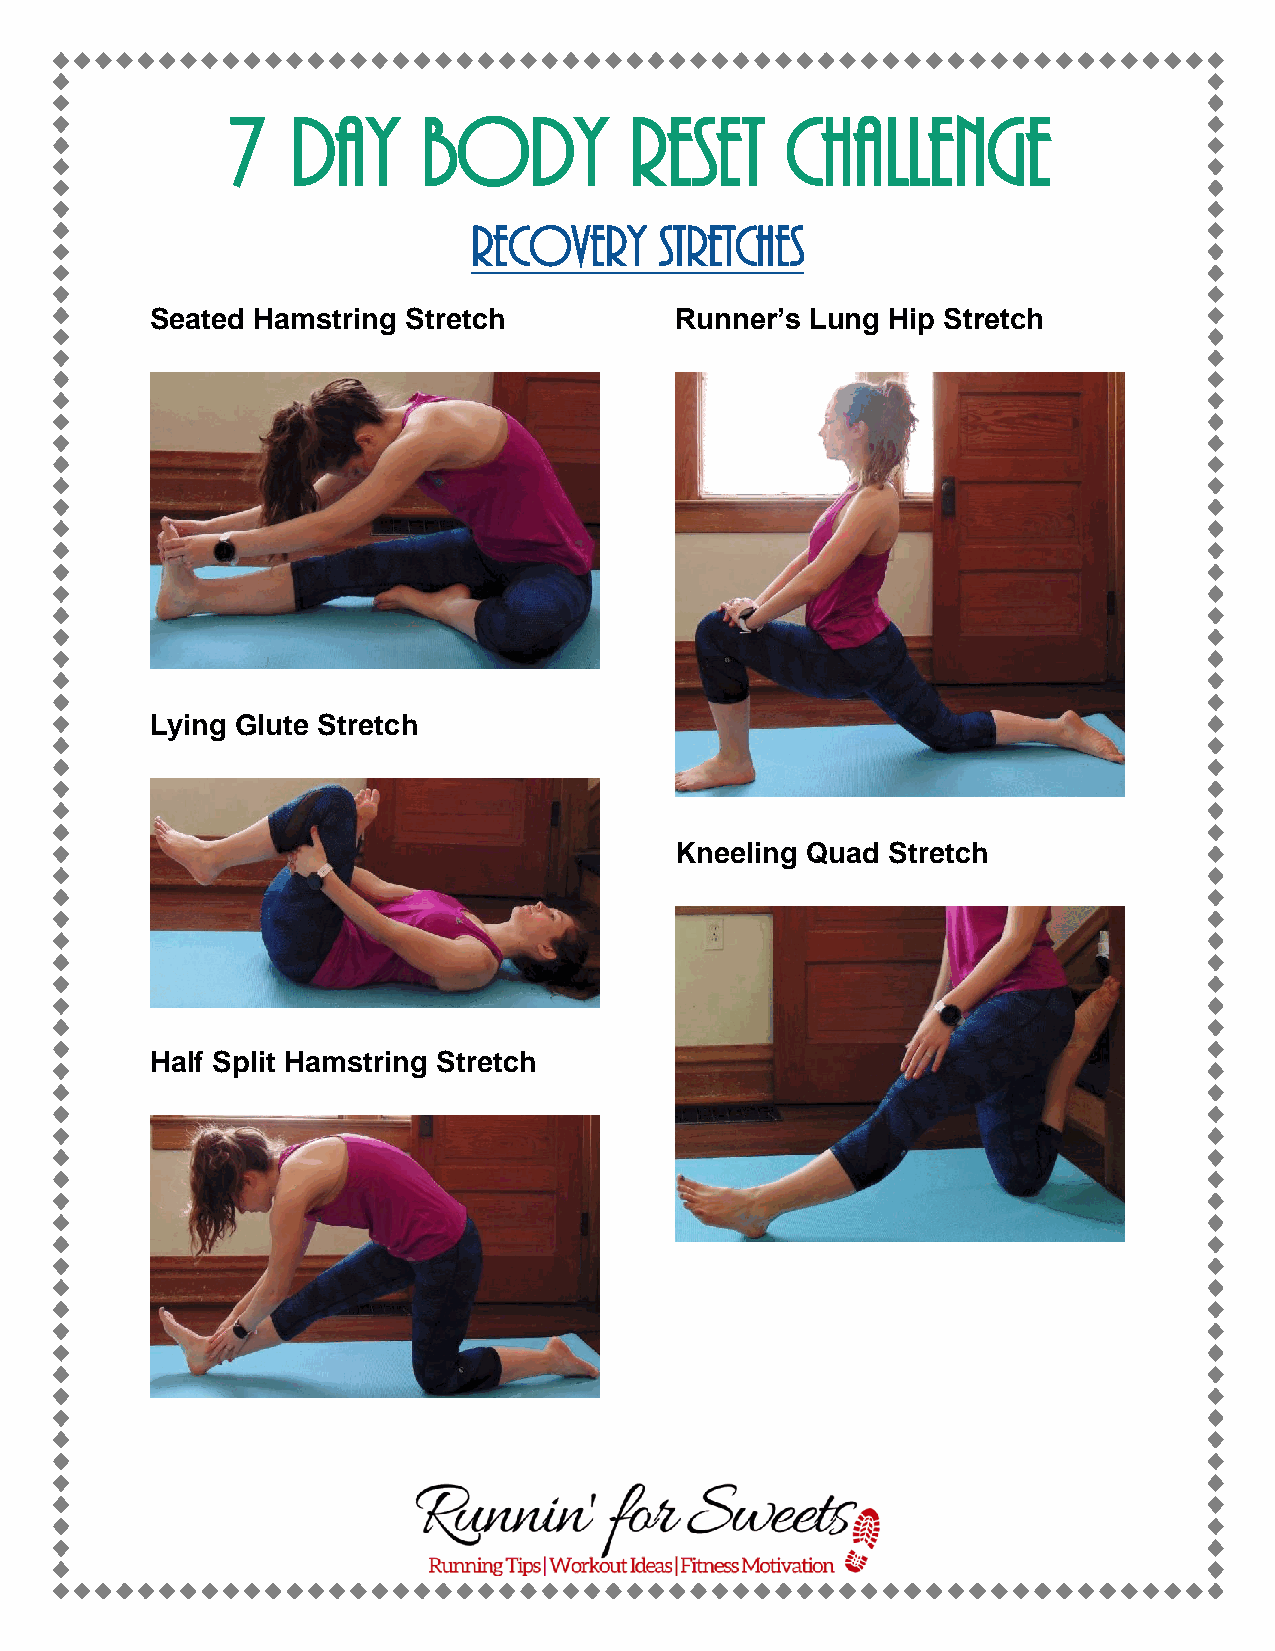
7   Day      Body          Reset     Challenge
 Recovery     Stretches
 Seated Hamstring Stretch           Runner’s Lung Hip Stretch
 Lying Glute Stretch
 Kneeling Quad Stretch
 Half Split Hamstring Stretch